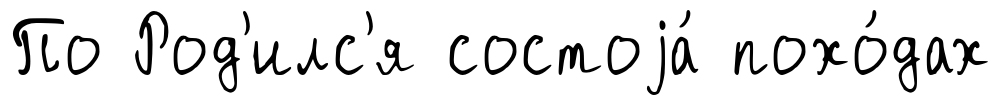
По Род'илс'я состоjа́ похо́дах